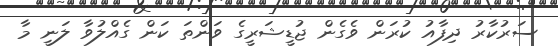
ސަރުކާރު ދިފާއު ކުރަން ވެގެން ޖުޑީޝަރީގެ ވަންތަ ކަން ގެއްލުވާ ލަނީ މާ